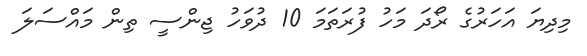
މިދިޔަ އަހަރުގެ ރޯދަ މަހު ފުރަތަމަ 10 ދުވަހު ޖިންސީ ތިން މައްސަލަ